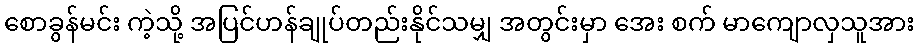
စောခွန်မင်း ကဲ့သို့ အပြင်ဟန်ချုပ်တည်းနိုင်သမျှ အတွင်းမှာ အေး စက် မာကျောလှသူအား